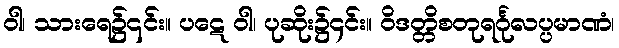
ဝါ၊ သားရေ၌၎င်း။ ပဋေ ဝါ၊ ပုဆိုး၌၄င်း။ ဝိဒတ္တိစတုရင်္ဂုလပ္ပမာဏံ၊